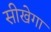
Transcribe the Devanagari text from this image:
सीखेगा